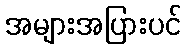
အများအပြားပင်